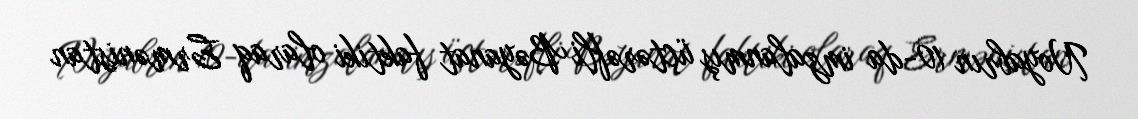
Noyabrın 10-da imzalanmış üçtərəfli Bəyanat faktiki olaraq Ermənistan